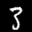
Label: 3